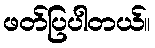
ဖတ်ပြပါတယ်။